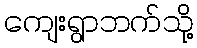
ကျေးရွာဘက်သို့